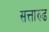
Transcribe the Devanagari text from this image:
सत्तारुढ